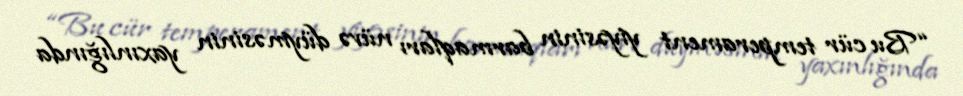
“Bu cür temperament yiyəsinin barmaqları nüvə düyməsinin yaxınlığında